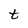
Character: t